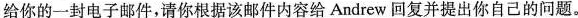
给你的一封电子邮件,请你根据该邮件内容给Andrew回复并提出你自己的问题.。